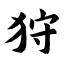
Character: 狩